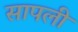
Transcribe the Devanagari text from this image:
सापली